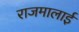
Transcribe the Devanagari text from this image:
राजमालाई